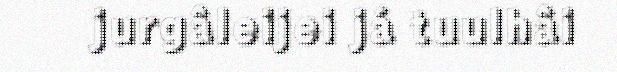
jurgâleijei já tuulhâi